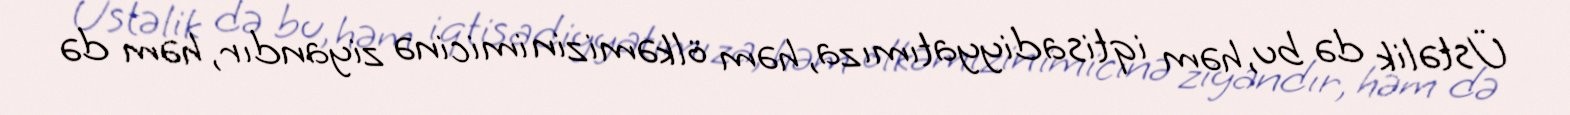
Üstəlik də bu, həm iqtisadiyyatımıza, həm ölkəmizin imicinə ziyandır, həm də